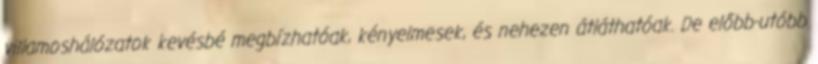
villamoshálózatok kevésbé megbízhatóak, kényelmesek, és nehezen átláthatóak. De előbb-utóbb